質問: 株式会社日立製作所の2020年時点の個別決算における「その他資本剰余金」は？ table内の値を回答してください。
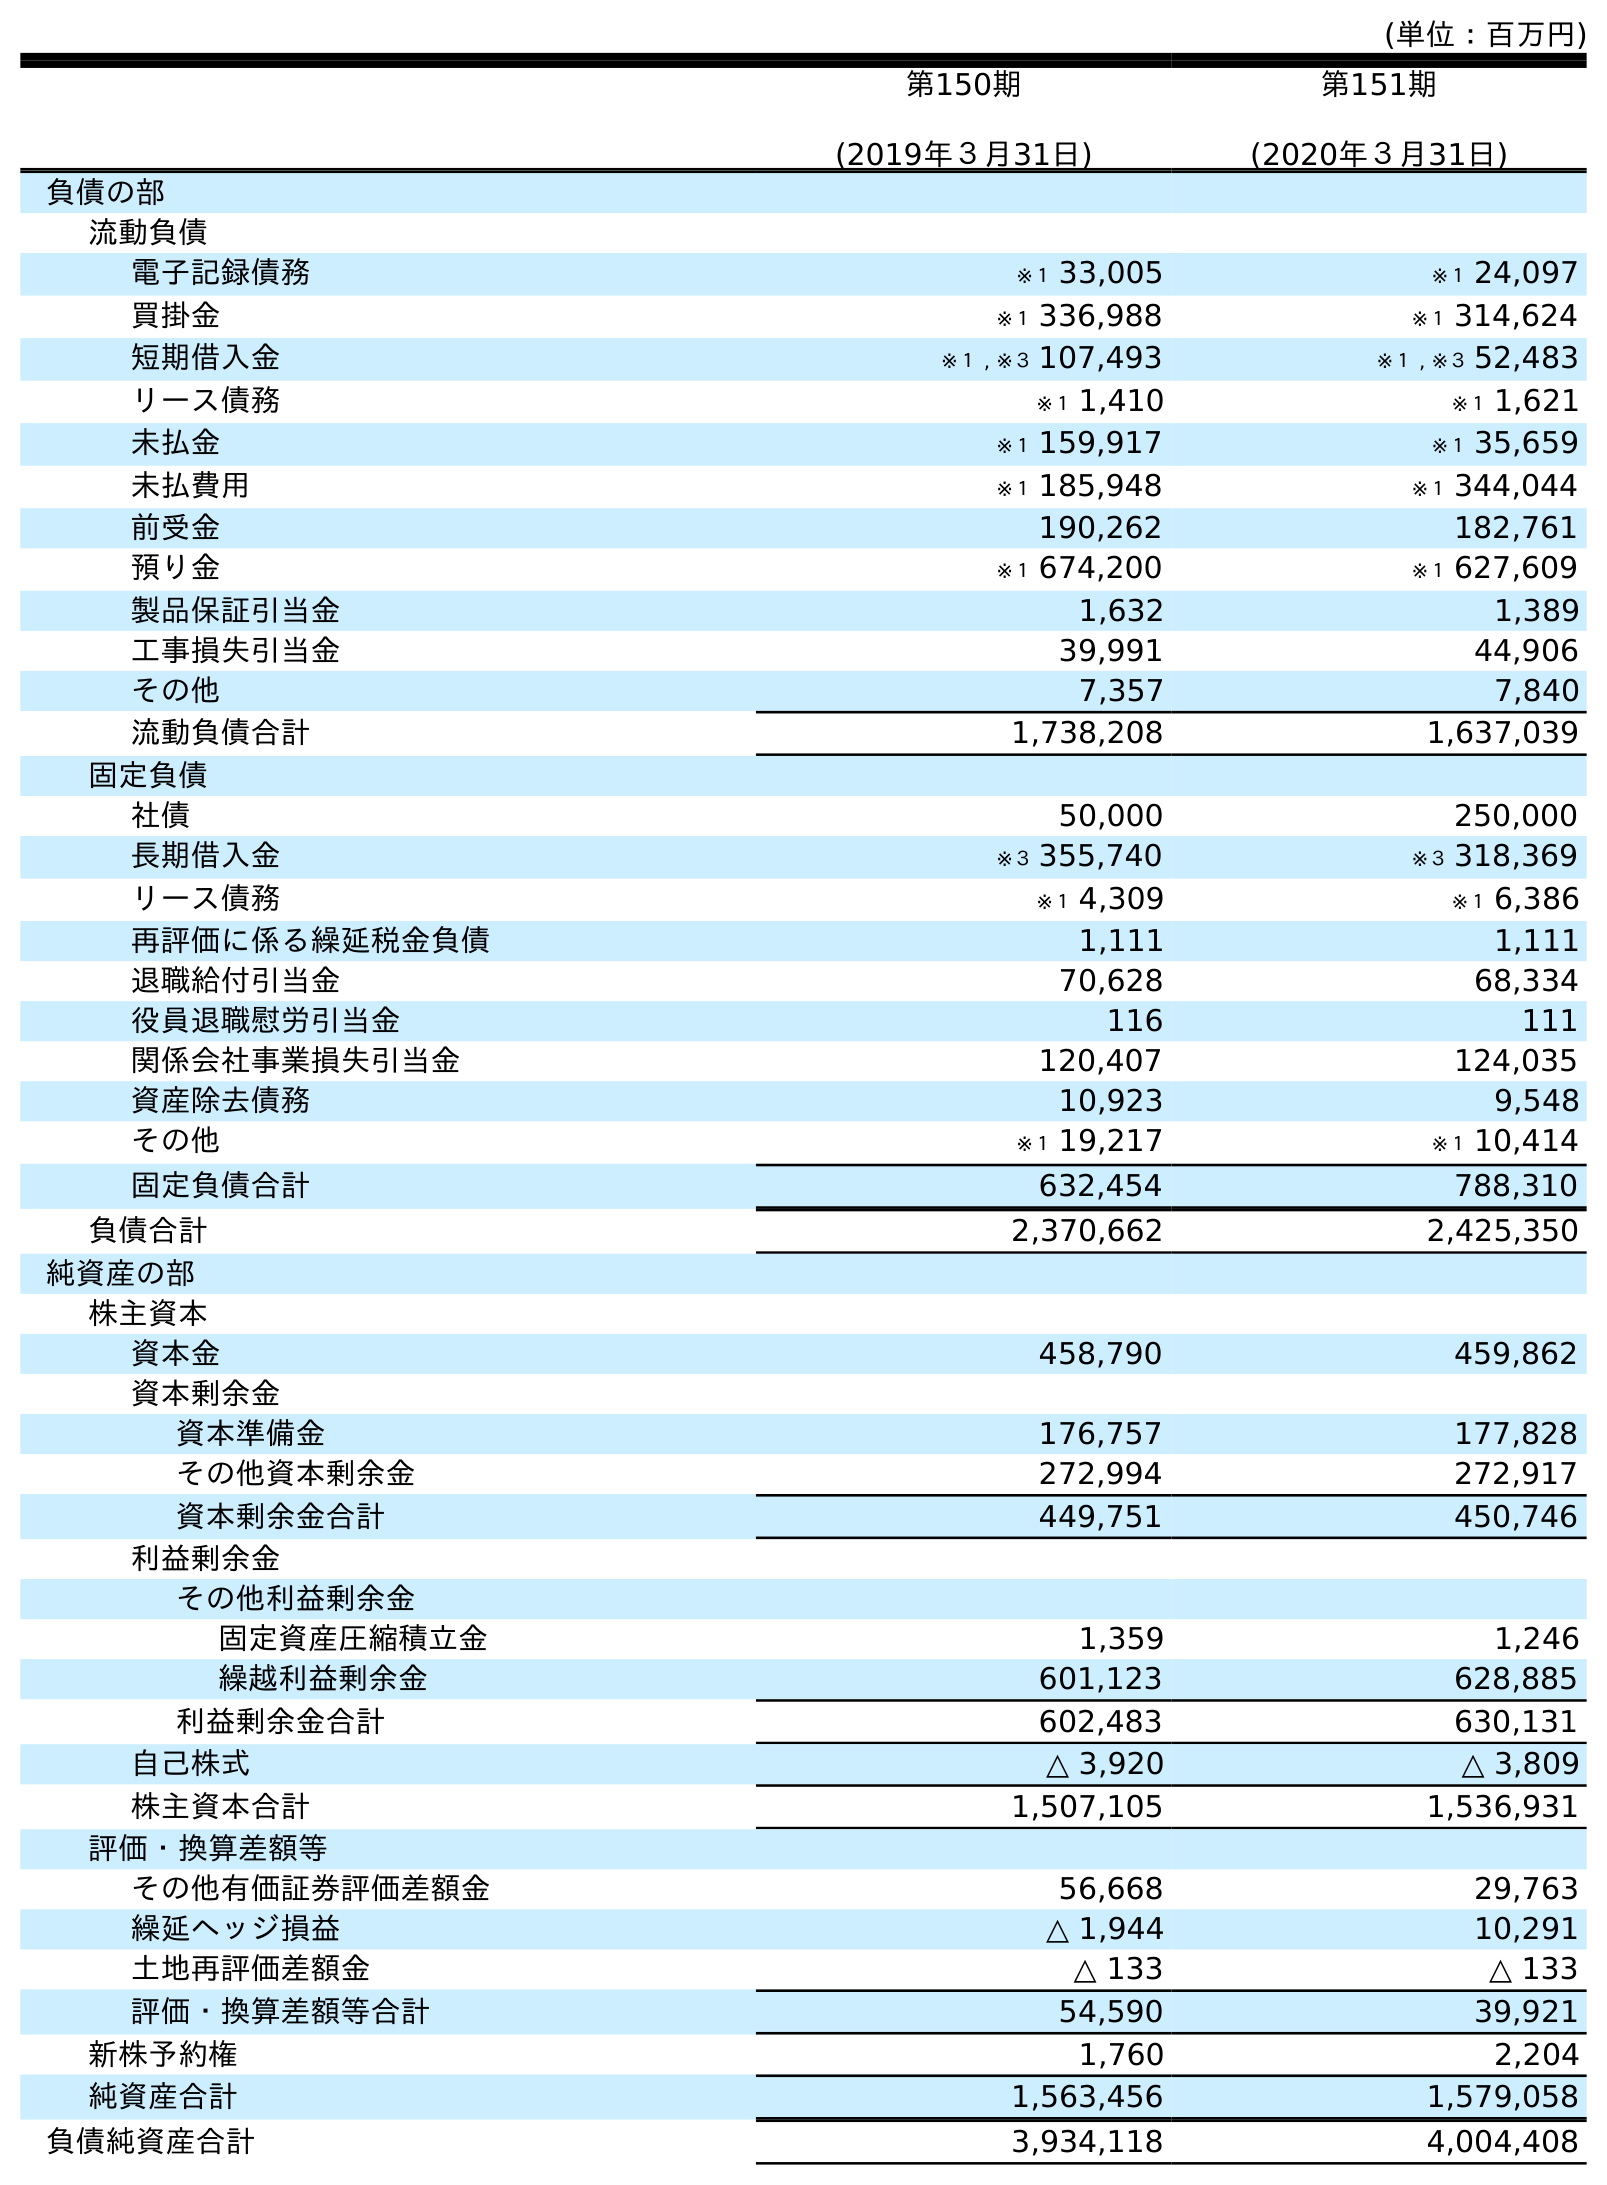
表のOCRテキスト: (単位：百万円) 第150期 (2019年３月31日) 第151期 (2020年３月31日) 負債の部 流動負債 電子記録債務 ※１ 33,005 ※１ 24,097 買掛金 ※１ 336,988 ※１ 314,624 短期借入金 ※１ , ※３ 107,493 ※１ , ※３ 52,483 リース債務 ※１ 1,410 ※１ 1,621 未払金 ※１ 159,917 ※１ 35,659 未払費用 ※１ 185,948 ※１ 344,044 前受金 190,262 182,761 預り金 ※１ 674,200 ※１ 627,609 製品保証引当金 1,632 1,389 工事損失引当金 39,991 44,906 その他 7,357 7,840 流動負債合計 1,738,208 1,637,039 固定負債 社債 50,000 250,000 長期借入金 ※３ 355,740 ※３ 318,369 リース債務 ※１ 4,309 ※１ 6,386 再評価に係る繰延税金負債 1,111 1,111 退職給付引当金 70,628 68,334 役員退職慰労引当金 116 111 関係会社事業損失引当金 120,407 124,035 資産除去債務 10,923 9,548 その他 ※１ 19,217 ※１ 10,414 固定負債合計 632,454 788,310 負債合計 2,370,662 2,425,350 純資産の部 株主資本 資本金 458,790 459,862 資本剰余金 資本準備金 176,757 177,828 その他資本剰余金 272,994 272,917 資本剰余金合計 449,751 450,746 利益剰余金 その他利益剰余金 固定資産圧縮積立金 1,359 1,246 繰越利益剰余金 601,123 628,885 利益剰余金合計 602,483 630,131 自己株式 △ 3,920 △ 3,809 株主資本合計 1,507,105 1,536,931 評価・換算差額等 その他有価証券評価差額金 56,668 29,763 繰延ヘッジ損益 △ 1,944 10,291 土地再評価差額金 △ 133 △ 133 評価・換算差額等合計 54,590 39,921 新株予約権 1,760 2,204 純資産合計 1,563,456 1,579,058 負債純資産合計 3,934,118 4,004,408
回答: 272,917